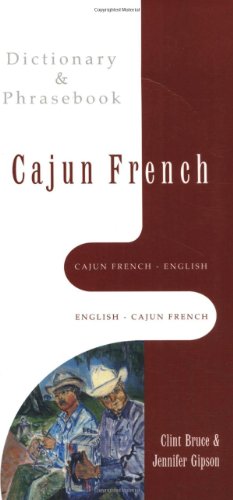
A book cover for Cajun French-English, English-Cajun French Dictionary & Phrasebook (Hippocrene Dictionary & Phrasebooks); Jennifer Gipson; Reference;